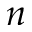
n